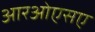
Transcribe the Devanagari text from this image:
आरओएसए